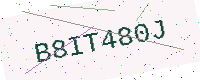
Text: B8IT480J